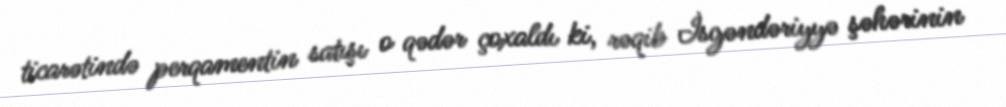
ticarətində perqamentin satışı o qədər çoxaldı ki, rəqib İsgəndəriyyə şəhərinin